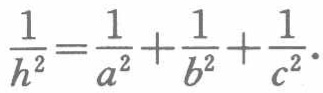
$\frac{1}{h^{2}}=\frac{1}{a^{2}}+\frac{1}{b^{2}}+\frac{1}{c^{2}}.$